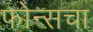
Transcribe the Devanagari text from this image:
फोन्सचा